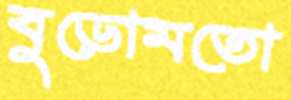
বুড়োমতো